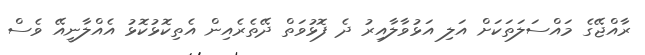
ރާއްޖޭގެ މައްސަލަތަކަށް އަލި އަޅުވާލާއިރު ދެ ފޮޅުވަތް ދޭތެރެއިން އެތިކޮޅުކޮޅު އެއްލާނީއޭ ވެސް